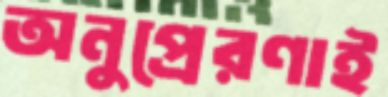
অনুপ্রেরণাই